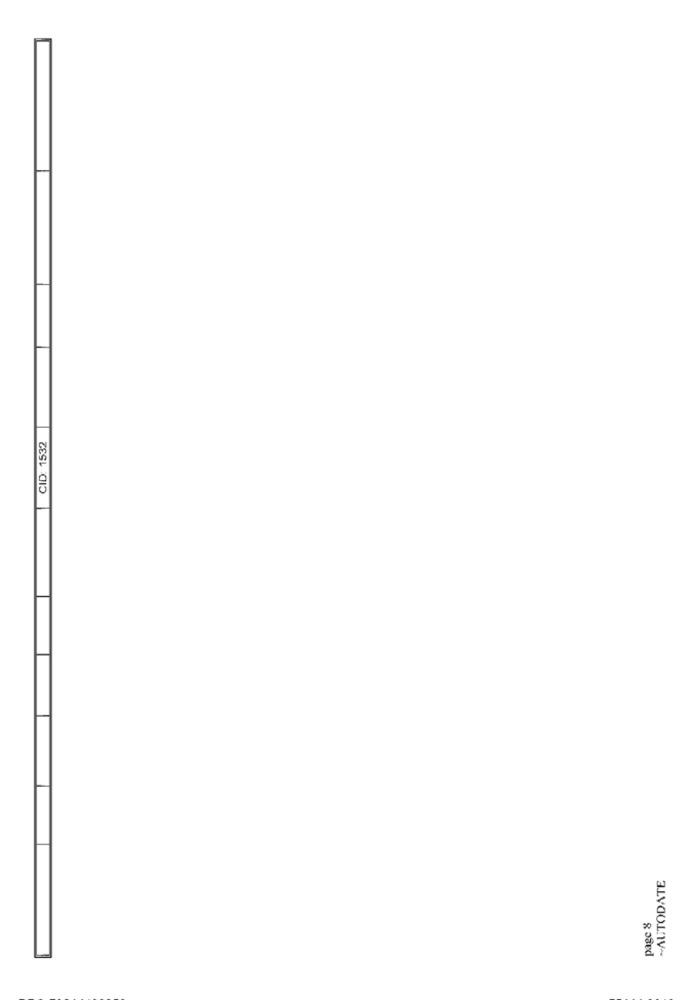
CID: 1532
~AUTODATE
page 8